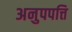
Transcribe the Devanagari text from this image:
अनुपपत्ति